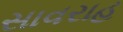
સાવરાહ